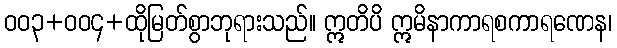
ဝဝ၃+ဝဝ၄+ထိုမြတ်စွာဘုရားသည်။ ဣတိပိ ဣမိနာကာရစကာရဏေန၊